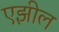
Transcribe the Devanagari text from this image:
एझील